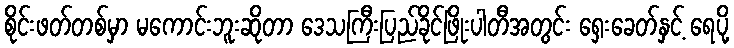
စိုင်းဖတ်တစ်မှာ မကောင်းဘူးဆိုတာ ဒေသကြီးပြည်ခိုင်ဖြိုးပါတီအတွင်း ရှေးခေတ်နှင့် ရေပို့